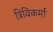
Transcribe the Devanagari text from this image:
त्रिविकर्मा